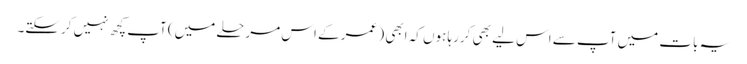
یہ بات میں آپ سے اس لیے بھی کررہا ہوں کہ ابھی ( عمر کے اس مرحلے میں) آپ کچھ نہیں کرسکتے۔